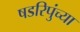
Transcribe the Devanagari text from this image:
षडरिपुंच्या